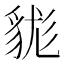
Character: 𧳑